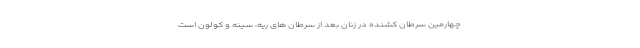
چهارمین سرطان کشنده در زنان بعد از سرطان های ریه، سینه و کولون است